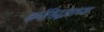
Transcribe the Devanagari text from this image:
कर्मसिद्धांताच्या